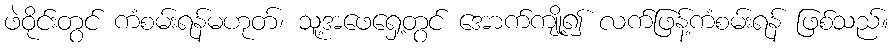
ဖဲဝိုင်းတွင် ကံစမ်းရန်မဟုတ်၊ သူ့အဖေရှေ့တွင် အောက်ကျို့၍ လက်ဖြန့်ကံစမ်းရန် ဖြစ်သည်။